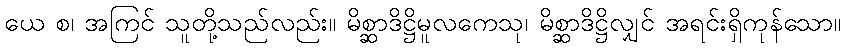
ယေ စ၊ အကြင် သူတို့သည်လည်း။ မိစ္ဆာဒိဋ္ဌိမူလကေသု၊ မိစ္ဆာဒိဋ္ဌိလျှင် အရင်းရှိကုန်သော။